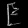
Digit: ၉